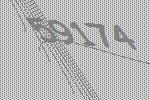
59174